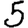
Digit: 5